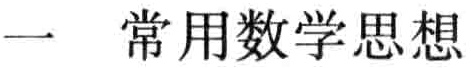
一 常用数学思想